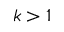
k > 1